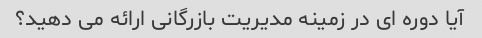
آیا دوره ای در زمینه مدیریت بازرگانی ارائه می دهید؟